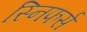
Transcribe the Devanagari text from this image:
स्निफर्स